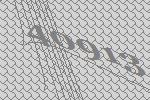
40913